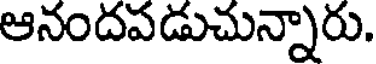
ఆనందపడుచున్నారు.